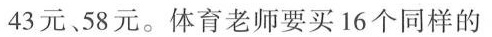
43元、58元。体育老师要买16个同样的